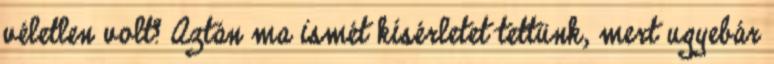
véletlen volt? Aztán ma ismét kísérletet tettünk, mert ugyebár